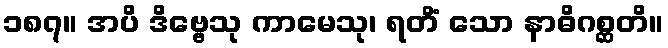
၁၈၇။ အပိ ဒိဗ္ဗေသု ကာမေသု၊ ရတိံ သော နာဓိဂစ္ဆတိ။